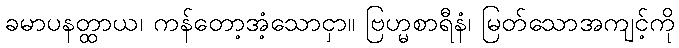
ခမာပနတ္ထာယ၊ ကန်တော့အံ့သောငှာ။ ဗြဟ္မစာရီနံ၊ မြတ်သောအကျင့်ကို